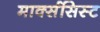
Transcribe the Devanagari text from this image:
मार्क्‍ससिस्‍ट